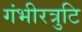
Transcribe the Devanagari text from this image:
गंभीरत्रुटि